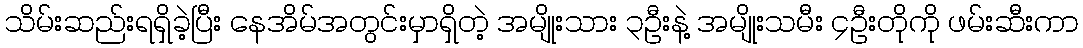
သိမ်းဆည်းရရှိခဲ့ပြီး နေအိမ်အတွင်းမှာရှိတဲ့ အမျိုးသား ၃ဦးနဲ့ အမျိုးသမီး ၄ဦးတိုကို ဖမ်းဆီးကာ